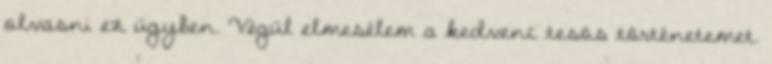
olvasni ez ügyben. Végül elmesélem a kedvenc tesós történetemet.